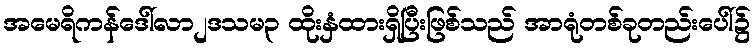
အမေရိကန်ဒေါ်လာ၂ဒသမ၃ ထိုးနှံထားရှိပြီးဖြစ်သည် အာရုံတစ်ခုတည်းပေါ်၌